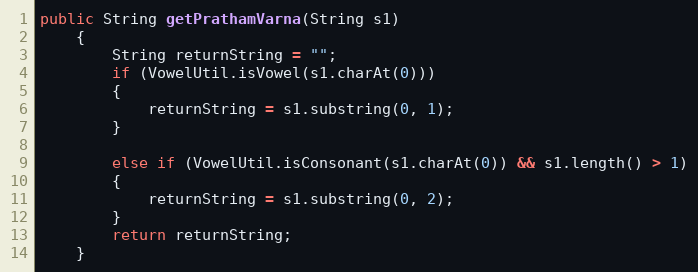
Language: Java
public String getPrathamVarna(String s1)
    {
        String returnString = "";
        if (VowelUtil.isVowel(s1.charAt(0)))
        {
            returnString = s1.substring(0, 1);
        }

        else if (VowelUtil.isConsonant(s1.charAt(0)) && s1.length() > 1)
        {
            returnString = s1.substring(0, 2);
        }
        return returnString;
    }